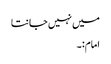
میں نہیں جانتا
امام:۔